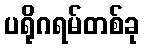
ပရိုဂရမ်တစ်ခု